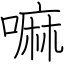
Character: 嘛